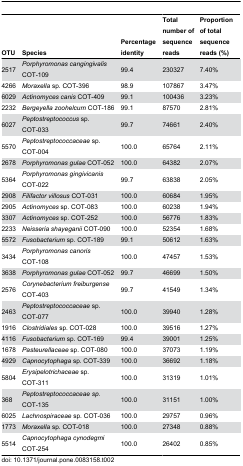
<table><thead><tr><td><b>OTU</b></td><td><b>Species</b></td><td><b>Percentage identity</b></td><td><b>Total number of sequence reads</b></td><td><b>Proportion of total sequence reads (%)</b></td></tr></thead><tbody><tr><td>2517</td><td><i>Porphyromonas cangingivalis</i> COT-109</td><td>99.4</td><td>230327</td><td>7.40%</td></tr><tr><td>4266</td><td><i>Moraxella</i> sp. COT-396</td><td>98.9</td><td>107867</td><td>3.47%</td></tr><tr><td>6029</td><td><i>Actinomyces canis</i> COT-409</td><td>99.1</td><td>100436</td><td>3.23%</td></tr><tr><td>2232</td><td><i>Bergeyella zoohelcum</i> COT-186</td><td>99.1</td><td>87570</td><td>2.81%</td></tr><tr><td>6027</td><td><i>Peptostreptococcus</i> sp. COT-033</td><td>99.7</td><td>74661</td><td>2.40%</td></tr><tr><td>5570</td><td><i>Peptostreptococcaceae</i> sp. COT-004</td><td>100.0</td><td>65764</td><td>2.11%</td></tr><tr><td>2678</td><td><i>Porphyromonas gulae</i> COT-052</td><td>100.0</td><td>64382</td><td>2.07%</td></tr><tr><td>5364</td><td><i>Porphyromonas gingivicanis</i> COT-022</td><td>99.7</td><td>63838</td><td>2.05%</td></tr><tr><td>2908</td><td><i>Filifactor villosus</i> COT-031</td><td>100.0</td><td>60684</td><td>1.95%</td></tr><tr><td>2905</td><td><i>Actinomyces</i> sp. COT-083</td><td>100.0</td><td>60238</td><td>1.94%</td></tr><tr><td>3307</td><td><i>Actinomyces</i> sp. COT-252</td><td>100.0</td><td>56776</td><td>1.83%</td></tr><tr><td>2233</td><td><i>Neisseria shayeganii</i> COT-090</td><td>100.0</td><td>52354</td><td>1.68%</td></tr><tr><td>5572</td><td><i>Fusobacterium</i> sp. COT-189</td><td>99.1</td><td>50612</td><td>1.63%</td></tr><tr><td>3434</td><td><i>Porphyromonas canoris</i> COT-108</td><td>100.0</td><td>47457</td><td>1.53%</td></tr><tr><td>3638</td><td><i>Porphyromonas gulae</i> COT-052</td><td>99.7</td><td>46699</td><td>1.50%</td></tr><tr><td>2576</td><td><i>Corynebacterium freiburgense</i> COT-403</td><td>99.7</td><td>41549</td><td>1.34%</td></tr><tr><td>2463</td><td><i>Peptostreptococcaceae</i> sp. COT-077</td><td>100.0</td><td>39940</td><td>1.28%</td></tr><tr><td>1916</td><td><i>Clostridiales</i> sp. COT-028</td><td>100.0</td><td>39516</td><td>1.27%</td></tr><tr><td>4116</td><td><i>Fusobacterium</i> sp. COT-169</td><td>99.4</td><td>39001</td><td>1.25%</td></tr><tr><td>1678</td><td><i>Pasteurellaceae</i> sp. COT-080</td><td>100.0</td><td>37073</td><td>1.19%</td></tr><tr><td>4929</td><td><i>Capnocytophaga</i> sp. COT-339</td><td>100.0</td><td>36692</td><td>1.18%</td></tr><tr><td>5804</td><td><i>Erysipelotrichaceae</i> sp. COT-311</td><td>100.0</td><td>31319</td><td>1.01%</td></tr><tr><td>368</td><td><i>Peptostreptococcaceae</i><i>sp.</i> COT-135</td><td>100.0</td><td>31151</td><td>1.00%</td></tr><tr><td>6025</td><td><i>Lachnospiraceae</i> sp. COT-036</td><td>100.0</td><td>29757</td><td>0.96%</td></tr><tr><td>1773</td><td><i>Moraxella</i> sp. COT-018</td><td>100.0</td><td>27348</td><td>0.88%</td></tr><tr><td>5514</td><td><i>Capnocytophaga cynodegmi</i> COT-254</td><td>100.0</td><td>26402</td><td>0.85%</td></tr></tbody></table>